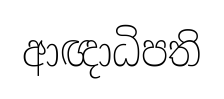
ආඥාධිපති